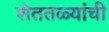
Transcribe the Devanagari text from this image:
शेततळ्यांची